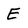
Character: E